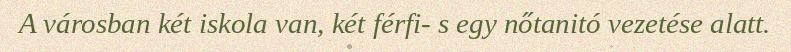
A városban két iskola van, két férfi- s egy nőtanitó vezetése alatt.